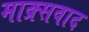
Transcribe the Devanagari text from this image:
माक्र्सवाद